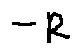
- R